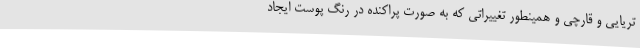
تریایی و قارچی و همینطور تغییراتی که به صورت پراکنده در رنگ پوست ایجاد